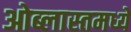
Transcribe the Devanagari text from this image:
ओब्लास्तमध्ये